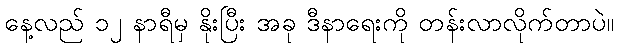
နေ့လည် ၁၂ နာရီမှ နိုးပြီး အခု ဒီနာရေးကို တန်းလာလိုက်တာပဲ။